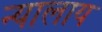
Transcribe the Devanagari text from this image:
न्यालाय